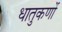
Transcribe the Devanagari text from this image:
धातुकणों